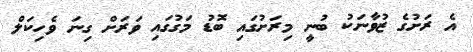
އެ ރަށުގެ ޒުވާނަކު ބުނީ މިރަށުގައި ބޮޑު މަގުގައި ވަރަށް ގިނަ ވެހިކަލް